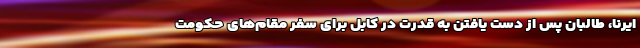
ایرنا، طالبان پس از دست یافتن به قدرت در کابل برای سفر مقام‌های حکومت